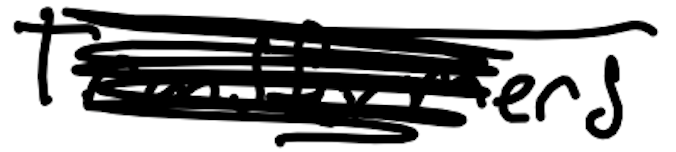
Text: Transformers
Cross-out: scratch
Writing tool: digital_black